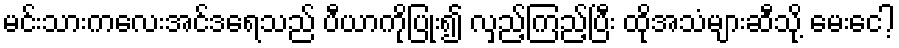
မင်းသားကလေးအင်ဒရေသည် ပီယာကိုပြုံး၍ လှည့်ကြည့်ပြီး ထိုအသံများဆီသို့ မေးငေါ့